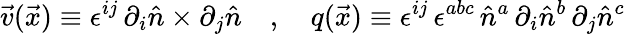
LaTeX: \vec{v}(\vec{x})\equiv\epsilon^{ij}\, \partial_{i}\hat{n}\times\partial_{j}\hat{n}\quad,\quad q(\vec{x})\equiv\epsilon^{ij}\, \epsilon^{abc}\, \hat{n}^{a}\, \partial_{i}\hat{n}^{b}\, \partial_{j}\hat{n}^{c}